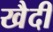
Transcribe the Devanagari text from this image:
खैदी